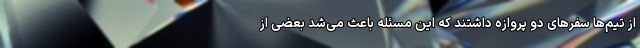
از تیم‌ها سفرهای دو پروازه داشتند که این مسئله باعث می‌شد بعضی از